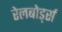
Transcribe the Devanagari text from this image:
रेलबोर्ड्स